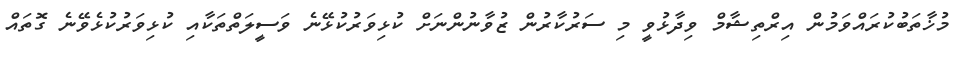
މުޚާތަބުކުރައްވަމުން އިރްތިޝާމް ވިދާޅުވީ މި ސަރުކާރުން ޒުވާނުންނަށް ކުޅިވަރުކުޅޭނެ ވަސީލަތްތަކާއި ކުޅިވަރުކުޅެވޭނެ ގޮތައް